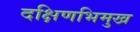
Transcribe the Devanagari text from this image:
दक्षिणभिमुख